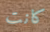
كانت